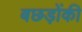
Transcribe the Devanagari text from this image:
बछड़ोंकी